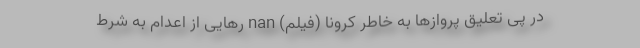
در پی تعلیق پرواز‌ها به خاطر کرونا (فیلم) nan رهایی از اعدام به شرط